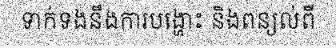
ទាក់ទងនឹងការបង្ហោះ និងពន្យល់ពី